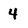
Character: 4